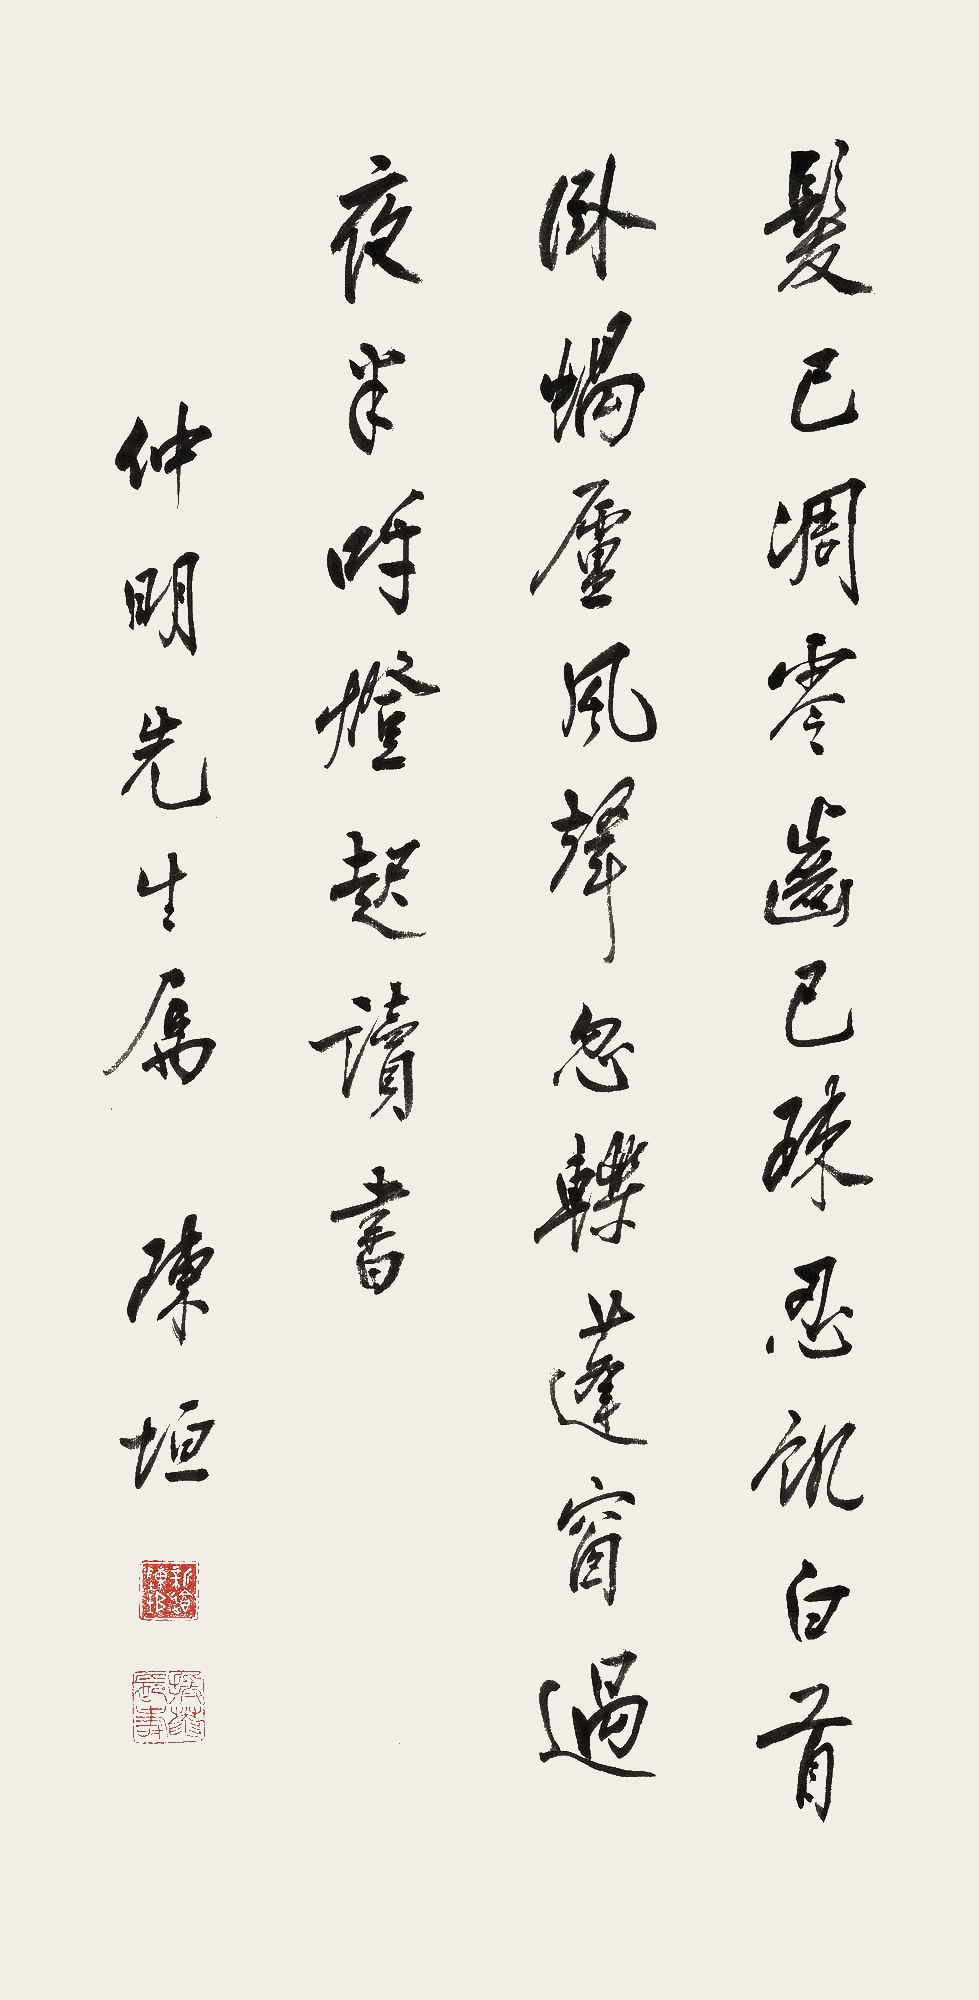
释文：发已凋零齿已疏，忍饥白首卧蜗庐。风声忽轹蓬窗过，夜半呼灯起读书。仲明先生属。陈垣。